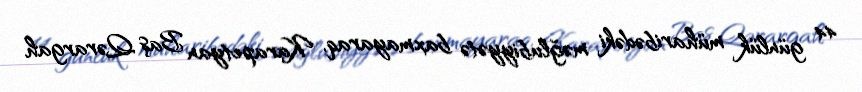
44 günlük müharibədəki məğlubiyyətə baxmayaraq, Karapetyan Baş Qərargah